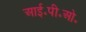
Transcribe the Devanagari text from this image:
आई॰पी॰ओ॰